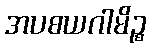
အပစယဂါမိဉ္စ